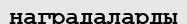
наградаларды